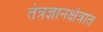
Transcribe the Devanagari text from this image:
तंत्रज्ञानक्षेत्रात